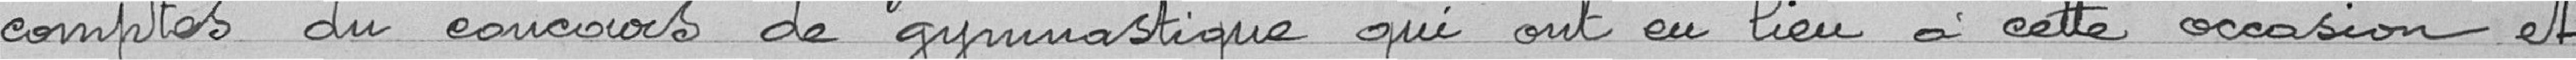
comptes du concours de gymnastique qui ont eu lieu à cette occasion et